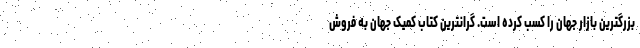
بزرگترین بازار جهان را کسب کرده است. گرانترین کتاب کُمیک جهان به فروش